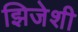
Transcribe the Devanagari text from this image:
झिजेशी